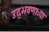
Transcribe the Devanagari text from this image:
उद्‌भवणाऱ्या